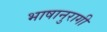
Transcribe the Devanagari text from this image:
भाषानुरागी